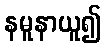
နမူနာယူ၍